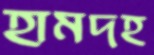
হামদহ